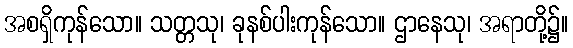
အစရှိကုန်သော။ သတ္တသု၊ ခုနစ်ပါးကုန်သော။ ဌာနေသု၊ အရာတို့၌။